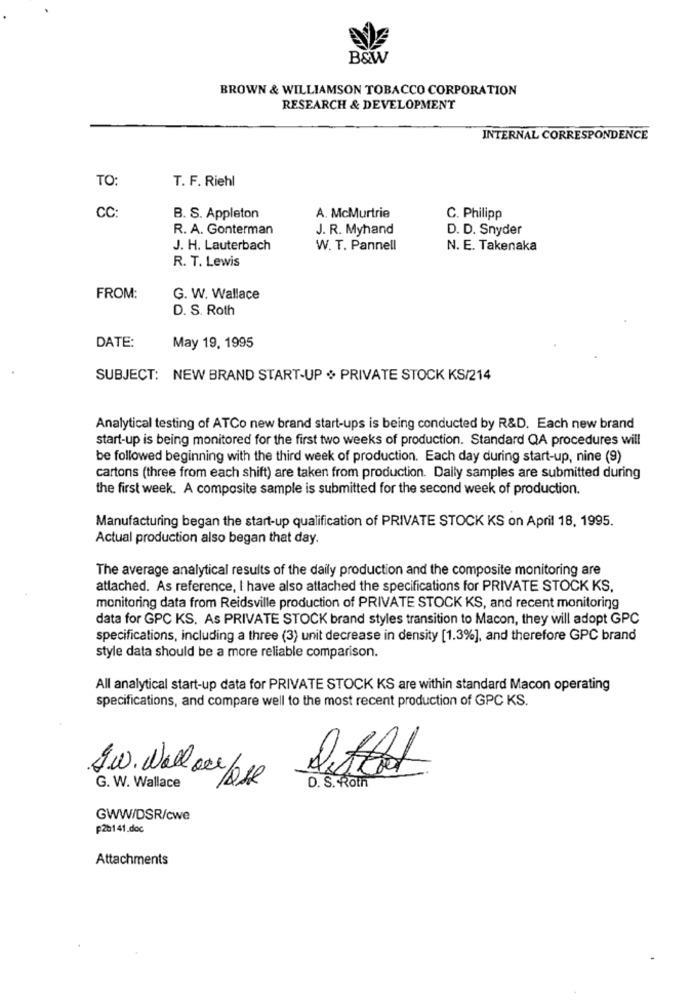
B&W
BROWN & WILLIAMSON TOBACCO CORPORATION
RESEARCH & DEVELOPMENT
INTERNAL CORRESPONDENCE
TO:
T. F. Riehl
CC:
B. S. Appleton
A. McMurtrie
C. Philipp
R. A. Gonterman
J. R. Myhand
D. D. Snyder
J. H. Lauterbach
W. T. Pannell
N. E. Takenaka
R. T. Lewis
FROM:
G. W. Wallace
D. S. Roth
DATE:
May 19, 1995
SUBJECT: NEW BRAND START-UP + PRIVATE STOCK KS/214
Analytical testing of ATCo new brand start-ups is being conducted by R&D. Each new brand
start-up is being monitored for the first two weeks of production. Standard QA procedures will
be followed beginning with the third week of production. Each day during start-up, nine (9)
cartons (three from each shift) are taken from production. Daily samples are submitted during
the first week. A composite sample is submitted for the second week of production.
Manufacturing began the start-up qualification of PRIVATE STOCK KS on April 18, 1995.
Actual production also began that day.
The average analytical results of the daily production and the composite monitoring are
attached. As reference, I have also attached the specifications for PRIVATE STOCK KS,
monitoring data from Reidsville production of PRIVATE STOCK KS, and recent monitoring
data for GPC KS. As PRIVATE STOCK brand styles transition to Macon, they will adopt GPC
specifications, including a three (3) unit decrease in density [1.3%], and therefore GPC brand
style data should be a more reliable comparison.
All analytical start-up data for PRIVATE STOCK KS are within standard Macon operating
specifications, and compare well to the most recent production of GPC KS.
Jw. Well ou pose
G. W. Wallace
D. S. Roth
GWW/DSR/cwe
p20141.doc
Attachments